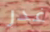
غدر